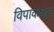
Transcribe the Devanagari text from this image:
विपाकश्रुत